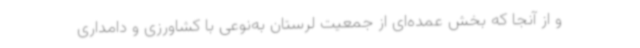
و از آنجا که بخش عمده‌ای از جمعیت لرستان به‌نوعی با کشاورزی و دامداری